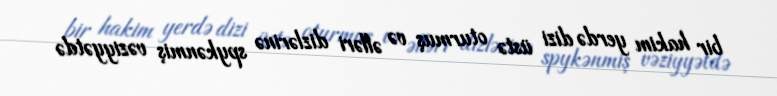
bir hakim yerdə dizi üstə oturmuş və əlləri dizlərinə spykənmiş vəziyyətdə